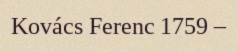
Kovács Ferenc 1759 –